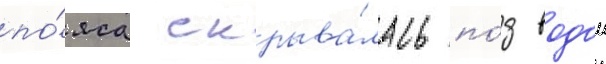
по́яса скрыва́лась по́д водои